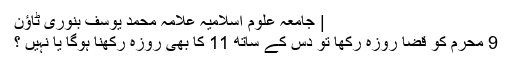
| جامعہ علوم اسلامیہ علامہ محمد یوسف بنوری ٹاؤن
9 محرم کو قضا روزہ رکھا تو دس کے ساتھ 11 کا بھی روزہ رکھنا ہوگا یا نہیں ؟